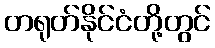
တရုတ်နိုင်ငံတို့တွင်